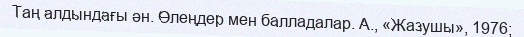
Таң алдындағы ән. Өлеңдер мен балладалар. А., «Жазушы», 1976;